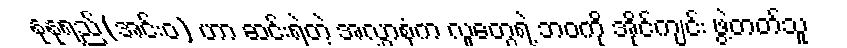
နုနုရည်(အင်းဝ) ဟာ ဆင်းရဲတဲ့ အလွှာစုံက လူတွေရဲ့ ဘဝကို အိုင်ကျင်း ဖွဲ့တတ်သူ